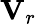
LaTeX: \mathbf{V}_{r}